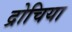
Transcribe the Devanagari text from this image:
द्रोचिया